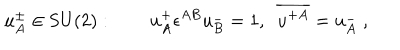
LaTeX: u _ { A } ^ { \pm } \in \mathrm { S U ( 2 ) } : \qquad u _ { A } ^ { + } \epsilon ^ { A B } u _ { B } ^ { - } = 1 , \ \ \overline { { { u ^ { + A } } } } = u _ { A } ^ { - } \; ,